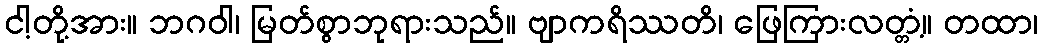
ငါ့တို့အား။ ဘဂဝါ၊ မြတ်စွာဘုရားသည်။ ဗျာကရိဿတိ၊ ဖြေကြားလတ္တံ့။ တထာ၊